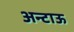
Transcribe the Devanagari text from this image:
अन्टाऊ